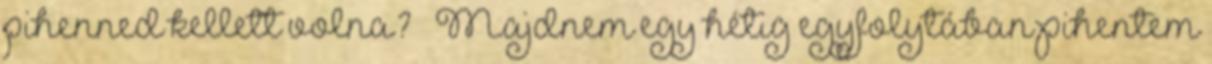
pihenned kellett volna? – Majdnem egy hétig egyfolytában pihentem